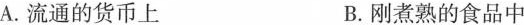
A.流通的货币上 B.刚煮熟的食品中